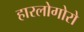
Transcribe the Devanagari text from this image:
हारलोगोरो